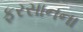
ફરસાનના